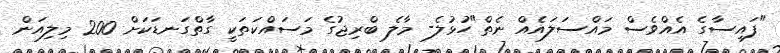
"ފައިސާގެ އެއްވެސް މައްސަލައެއް ނެތް"ހުޅުލެ- މާލެ ބްރިޖުގެ މަސައްކަތަކީ ގާތްގަނޑަކަށް 200 މިލިއަން